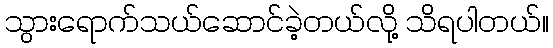
သွားရောက်သယ်ဆောင်ခဲ့တယ်လို့ သိရပါတယ်။